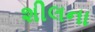
શીલના